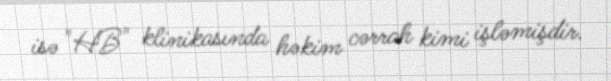
isə "HB" klinikasında həkim cərrah kimi işləmişdir.